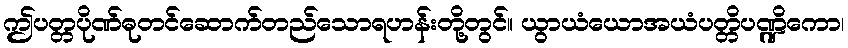
ဤပတ္တပိုဏ်ဓုတင်ဆောက်တည်သောရဟန်းတို့တွင်။ ယွာယံယောအယံပတ္တိပဏ္ဍိကော၊